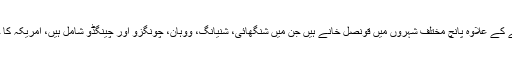
یاد رہے کہ امریکہ کے چین کے دارالحکومت بیجنگ میں سفارت خانے کے علاوہ پانچ مختلف شہروں میں قونصل خانے ہیں جن میں شنگھائی، شنیانگ، ووہان، چونگزو اور چینگڈو شامل ہیں، امریکہ کا چین کے غیر مختار علاقے ہانگ کانگ میں بھی ایک قونصل خانہ ہے۔